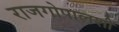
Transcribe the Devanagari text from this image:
राजगोपालशी